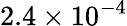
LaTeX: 2.4\times 10^{-4}